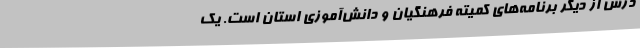
درس از دیگر برنامه‌های کمیته فرهنگیان و دانش‌آموزی استان است. یک